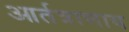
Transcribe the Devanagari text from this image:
आर्तत्राणाय